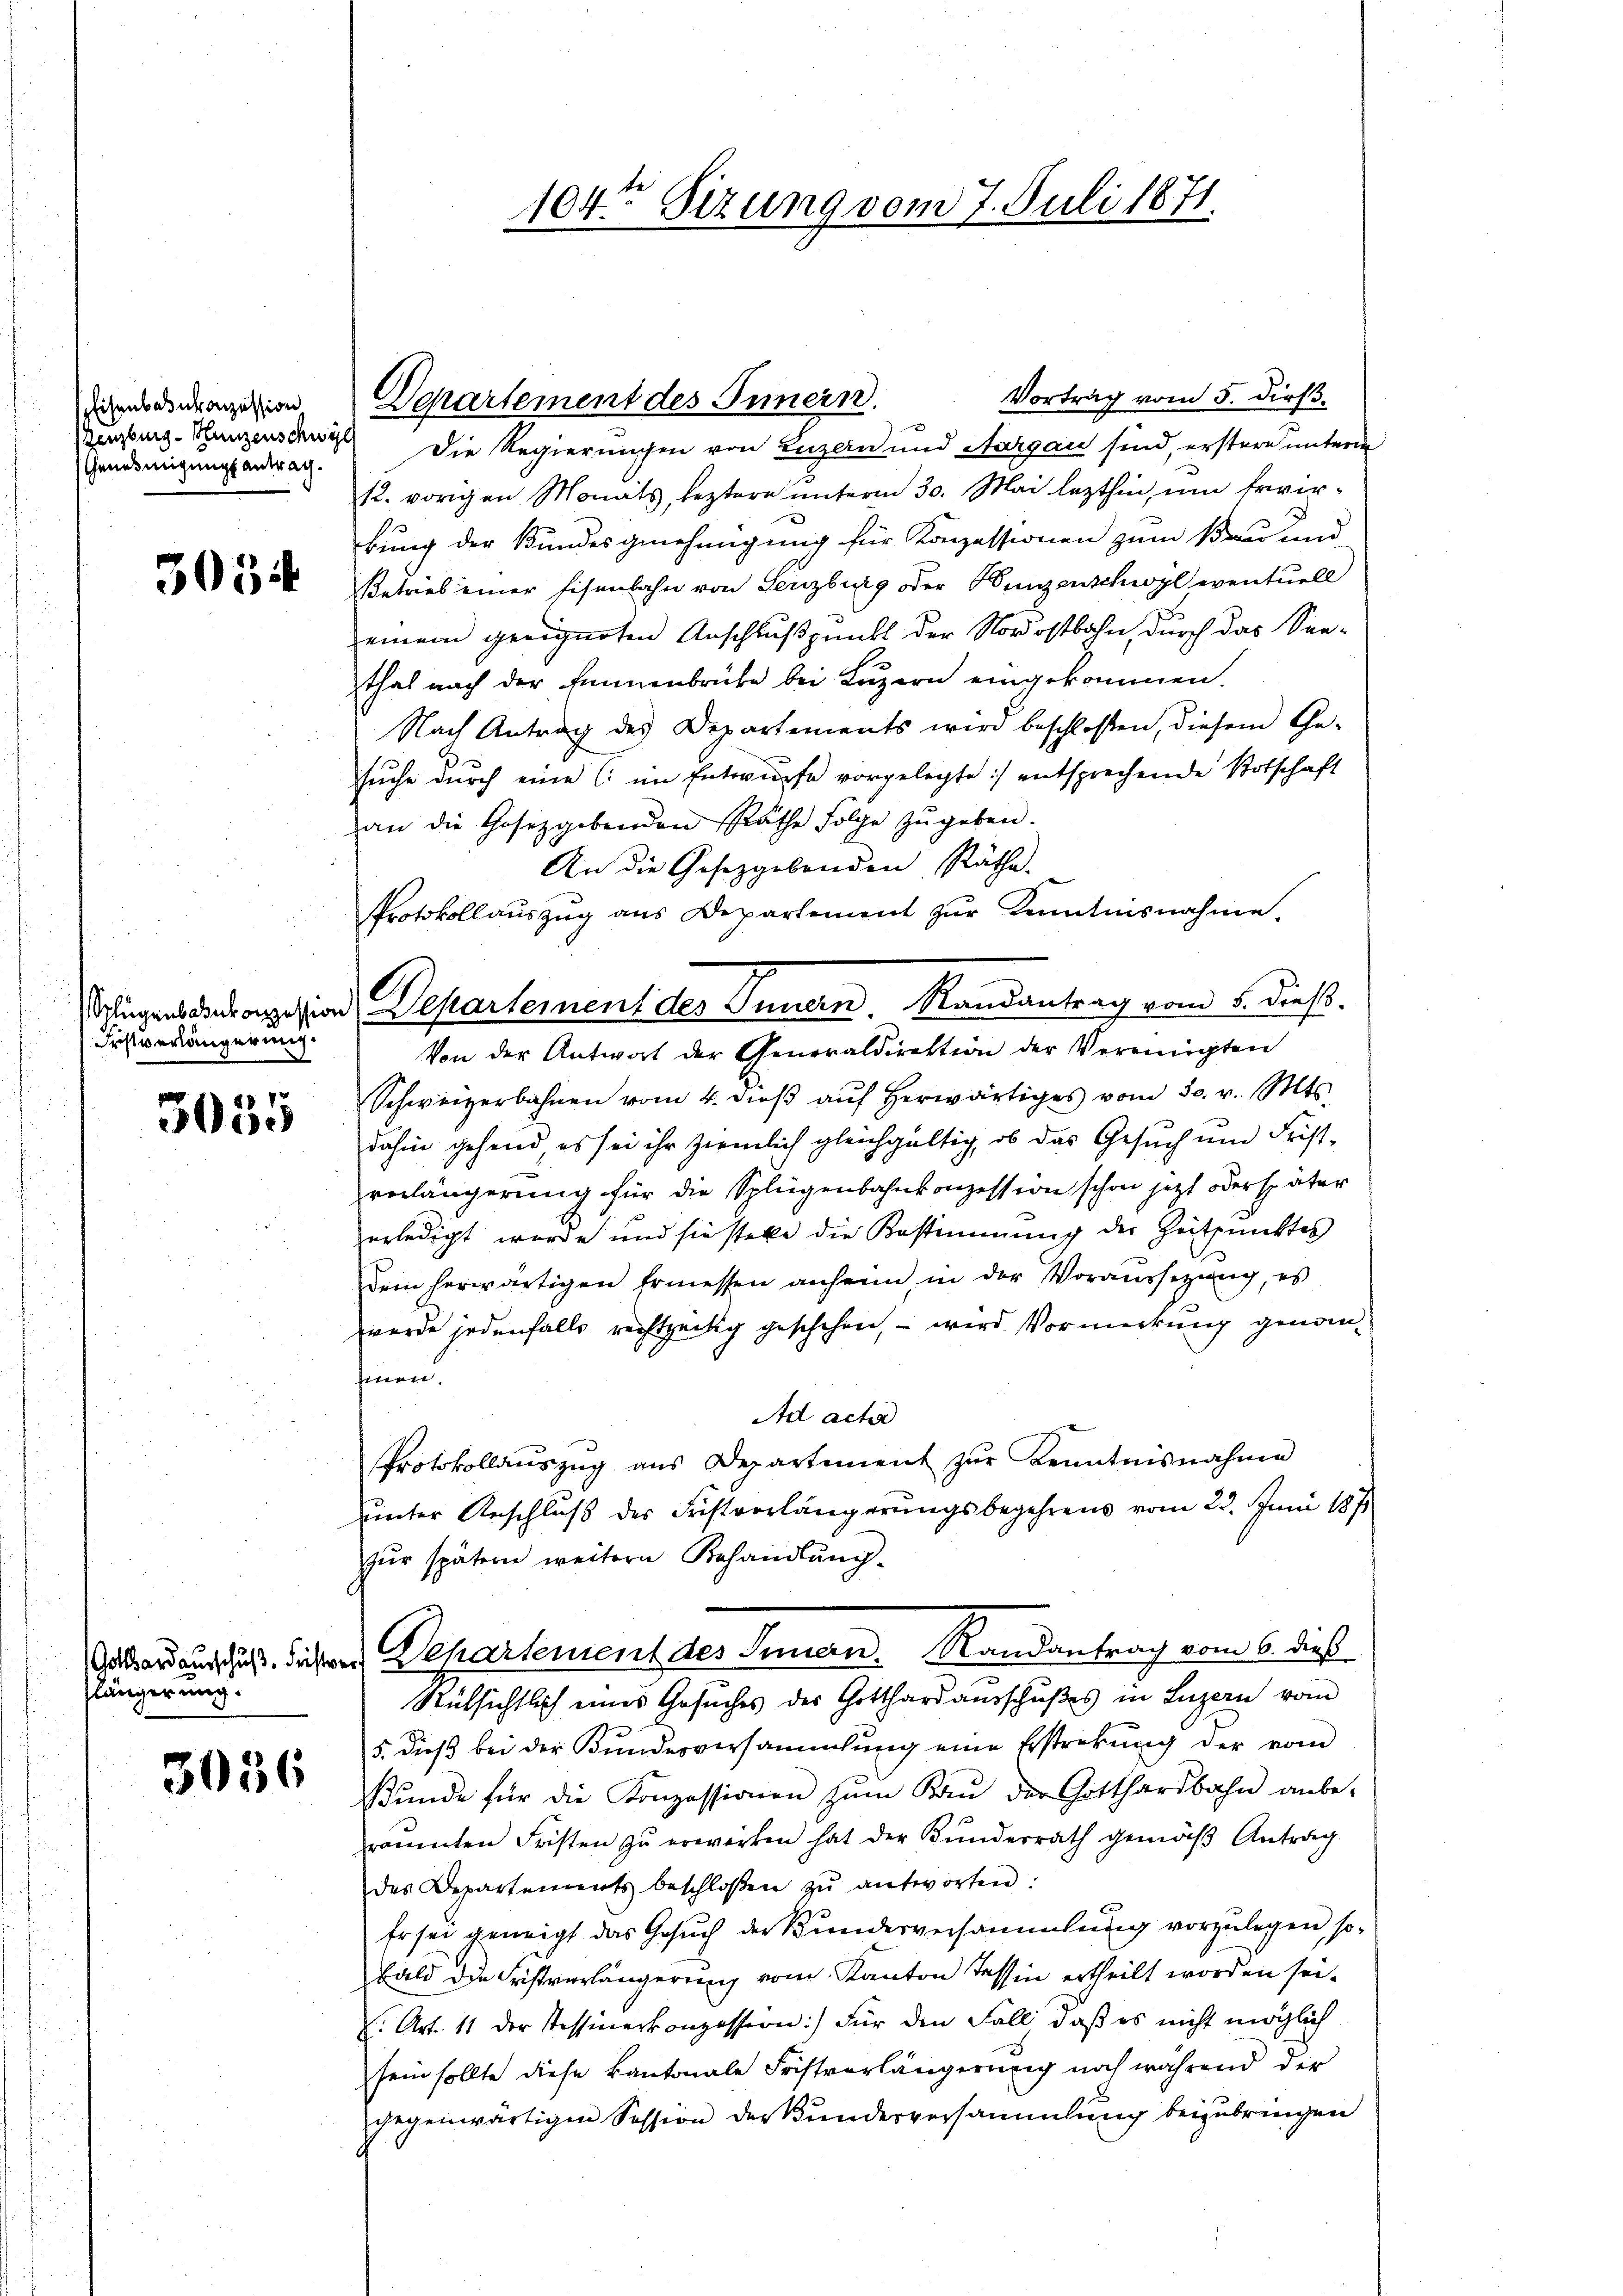
sfisenbahnkonzession
Genehmigungsantrag.

5054

Frstverlängerung

3055

Gotthard ausschuß Fristver
Klängerung.

3036

Derartement des Innern

Vortrag vom 5. dießs.
.
e
uburg-Schanzenschwist die Regierungen von Luzern und Aargau sind, erstere unterm
12. vorigen Monats, leztere unterm 30. Mai lezthin, um Erwirkung der Bundesgenehmigung für Konzessionen zum Bau und
Betrieb einer Eisenbahn von Fenzburg der Bunzenschwyl eventuell
einem geeigneten Anschlußpunkt der Nordostbahn, durch das See-
that nach der Finnenbrücke bei Lŭzern eingekommen.
Nach Antrag des Departements wird beschloßen, diesem Ge-
sŭche durch eine (: im Entwurfe vorgelegte :/ entsprechende Botschaft
an die Hosezgebenden Räthe folge zŭgeben.
An die Gesetzgebenden Räthe.
Protokollaŭszŭg ans Departement zŭr Kenntnisnahme.
Von der Antwort der Generaldirektion der Vereinigten
Schweizerbahnen vom 4. dieβ aŭf herwärtiges vom 30. v. Mts.
dahin gehend, es sei ihr ziemlich gleichgültig, ob das Gesuch um Frist-
verlängerung für die Splügenbahnkonzession schon jetzt oder später
erledigt worde und sie stelle die Bestimmung der Zeitpunktes
dem herwärtigen Ermessen anheim, in der Voraussezung, es
wurde jedenfalls rechtzeitig geschehen, – wird Vormerkung genomsinen.
Ad acta
Protokollauszug aus Departement zŭr Kenntnisnahme
unter Anschluß des Fristvorlängerungsbegehrens vom 23. Juni 187
zŭr spätern weitern Behandlŭng.
Departement des Semen. Randantrag vom 6. dieß
Rücksichtlich eines Gesuches des Gotthard ausschußes in Luzern vom
5. dieß bei der Bundesversammlung eine Erstrekŭng der vom
fŭnde für die Konzessionen zŭm Kaŭ der Gotthardbahn anbe-
räumten Fristen zŭ erwirken hat der Bunderrath gemäβ Antrag
des Departements beschlossen zŭ antworten:
Er sei geneigt das Gesŭch der Bundesversammlung vorzŭlegen, so-
bald die Fristverlängerung vom Kanton Tessin ertheilt worden sei.
C. Art. 11 der Tessinerkonzession:) Für den Fall, daß es nicht möglich
sein sollte diese kantonale Fristverlängerung noch während der
gegenwärtigen Session der Kunderversammlung beizubringen

104ten Sizung vom 7. Juli 1871.

igandidapesion Departement des Innern. Randantrag vom 5. dieß.